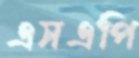
এসএপি